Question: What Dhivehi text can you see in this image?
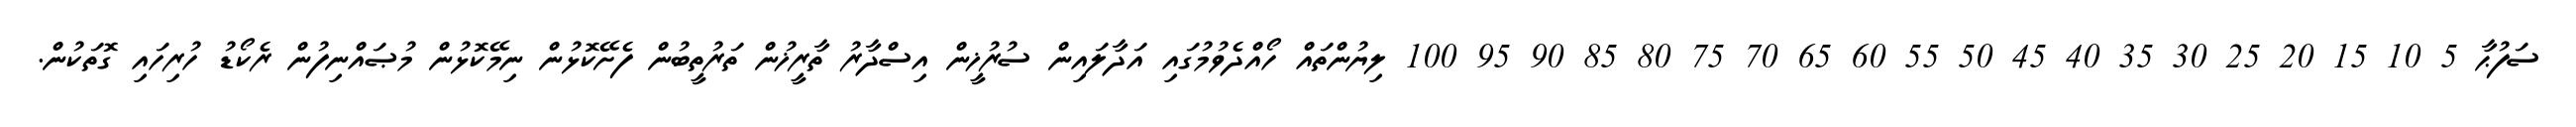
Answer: ސަފުޙާ 5 10 15 20 25 30 35 40 45 50 55 60 65 70 75 80 85 90 95 100 ލިޔުންތައް ހޯއްދެވުމުގައި އަދާލައިން ސުރުޚީން އިސްދާރު ތާރީޚުން ތަރުތީބުން ފެށޭކޮޅުން ނިމޭކޮޅުން މުޞައްނިފުން ރެކޯޑު ހުރިހައި ގޮތަކުން.